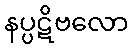
နပ္ပဋိဗလော